system: You are a helpful assistant.
user:
Analyze the provided spectrum to determine if it is a **S-type Star**.

- **Key Indicators for S-type Star:**

    - **(Overall Spectrum Shape):** The first and most obvious characteristic is the overall continuum (the "baseline" shape). It is **extremely "red-sloping,"** meaning the flux (light intensity) is very low on the left side (blue, ~4000-4500 Å) and rises steeply and continuously toward the right side (red, ~7000 Å+).

    - **(Primary):** The spectrum is defined by the presence of strong, broad molecular absorption "valleys" (bands) from **Zirconium Oxide (ZrO)**. The identification of these bands is the **primary requirement** for classifying a star as S-type.
        - **(Key Bandheads):** You must find distinct, deep "dips" where the light has been absorbed. The most critical band systems to locate are:
            - **~6474 Å** ($\gamma$-system): This is often the strongest and clearest ZrO feature, found in the red part of the spectrum.
            - **~5718 Å** & **~5551 Å** ($\beta$-system): A pair of prominent absorption features in the yellow-orange part of the spectrum.
            - **~4640 Å** ($\alpha$-system): A key absorption band system in the blue-green region of the spectrum.

    - **(Secondary Confirmation):** The classification is strengthened by finding additional absorption bands from other related heavy element oxides, which are expected to be present alongside ZrO.
        - **(Key Bandheads):**
            - **Yttrium Oxide (YO):** Look for absorption dips near **~4800 Å** and **~6100 Å**.
            - **Lanthanum Oxide (LaO):** Additional absorption features, particularly in the red-orange part of the spectrum, are also characteristic.

    - **(Line Profile):** The combination of the steep red continuum and these numerous, deep molecular bands (ZrO, YO, etc.) gives the entire spectrum a very **"chopped-up"** or **"bumpy"** appearance. Instead of a smooth curve, the spectrum looks as though large, wide chunks of light have been "carved out" of it at the specific wavelengths listed above.

Think first, call **spectral_visualization_tool** if needed to examine features in detail, then provide your final answer. Your response must adhere to the following strict rules:
1.  **Overall Structure:** Your response must follow the format `<think>...</think> <tool_call>...</tool_call> (if a tool is used) <answer>...</answer>`.
2.  **Tool Usage Constraint:** You may only make **one** tool call per turn.
3.  **Final Answer Format:** In the `<answer>` tag, your conclusion must be inside a `\boxed{}` command (e.g., `\boxed{YES}` or `\boxed{NO}`), followed by your justification.

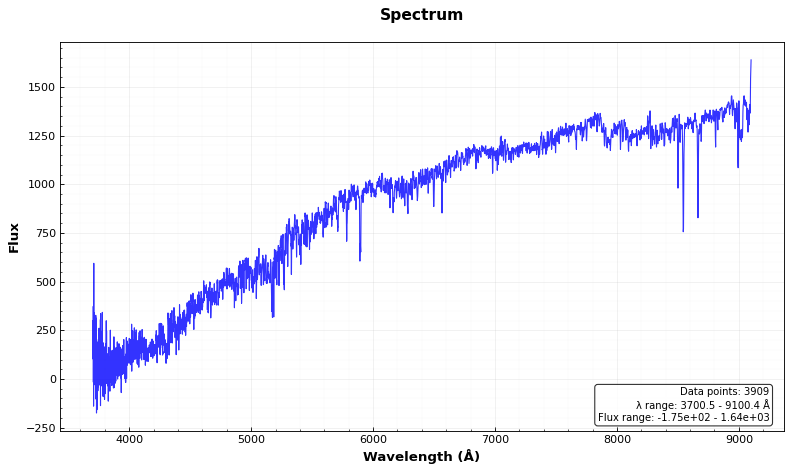
Answer: NO